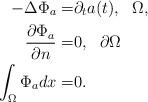
LaTeX: \begin{align*} -\Delta\Phi_a=&\partial_ta(t),\ \ \Omega,\\ \frac{\partial \Phi_a}{\partial n}=&0, \ \ \partial \Omega\\ \int_\Omega\Phi_a dx=&0. \end{align*}